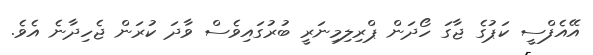
އޭއެފްސީ ކަޕުގެ ޖާގަ ހޯދަން ޕްރިލިމިނަރީ ބުރުގައިވެސް ވާދަ ކުރަން ޖެހިދާނެ އެވެ.